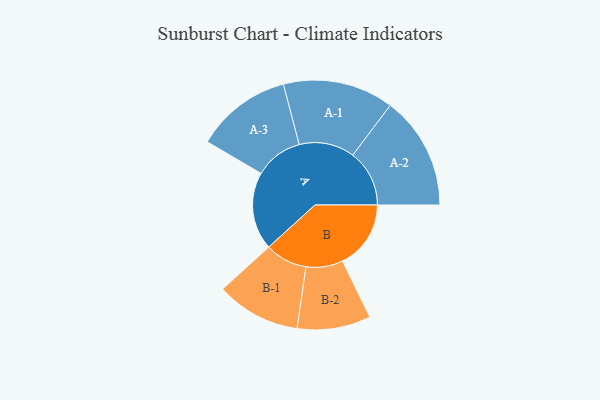
{"axis": {"x": "Segment", "y": "Value"}, "legend": ["", "A", "B"], "data": [{"x": "A", "y": 372, "type": ""}, {"x": "B", "y": 327, "type": ""}, {"x": "A-1", "y": 265, "type": "A"}, {"x": "A-2", "y": 271, "type": "A"}, {"x": "A-3", "y": 230, "type": "A"}, {"x": "B-1", "y": 202, "type": "B"}, {"x": "B-2", "y": 176, "type": "B"}]}